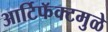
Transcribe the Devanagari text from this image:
आर्टिफॅक्टमुळे